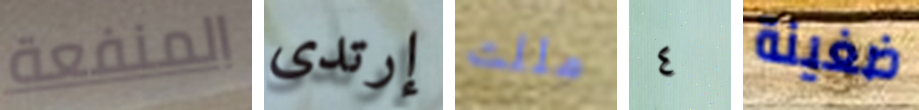
المنفعة إرتدى مللت ٤ ضغينة